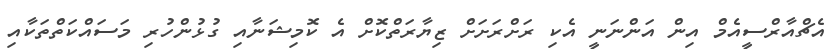
އެޗްއާރްސީއެމް އިން އަންނަނީ އެކި ރަށްރަށަށް ޒިޔާރަތްކޮށް އެ ކޮމިޝަނާއި ގުޅުންހުރި މަސައްކަތްތަކާއި